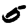
Digit: 5